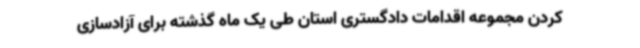
کردن مجموعه اقدامات دادگستری استان طی یک ماه گذشته برای آزادسازی